Scottish Leaving Certificate Examination, 1960
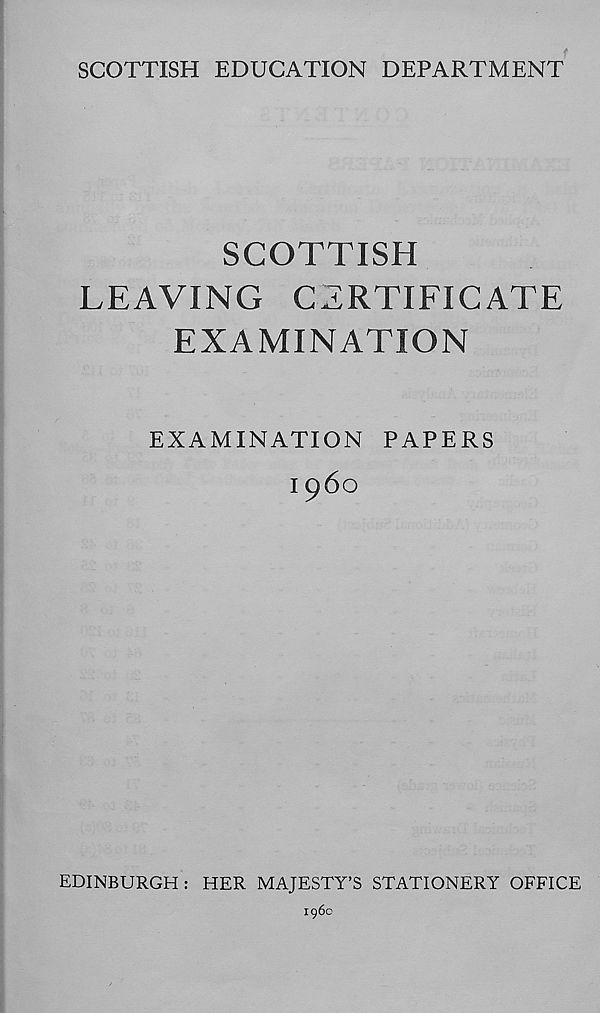
SCOTTISH EDUCATION DEPARTMENT
SCOTTISH
LEAVING CERTIFICATE
EXAMINATION
EXAMINATION PAPERS
I 960
EDINBURGH: HER MAJESTY’S STATIONERY OFFICE
196c